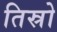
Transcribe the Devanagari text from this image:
तिस्रो